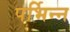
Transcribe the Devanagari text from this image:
पर्भिन्न